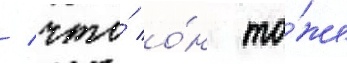
/ что́ о́н то́же